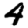
Digit: 4